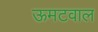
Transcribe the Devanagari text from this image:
ऊमटवाल